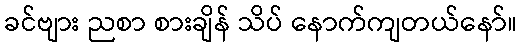
ခင်ဗျား ညစာ စားချိန် သိပ် နောက်ကျတယ်နော်။